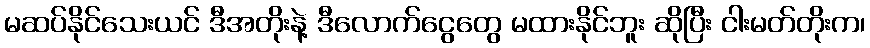
မဆပ်နိုင်သေးယင် ဒီအတိုးနဲ့ ဒီလောက်ငွေတွေ မထားနိုင်ဘူး ဆိုပြီး ငါးမတ်တိုးက၊